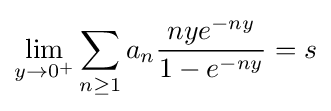
\lim _{y\rightarrow 0^{+}}\sum _{n\geq 1}a_{n}{\frac {nye^{-ny}}{1-e^{-ny}}}=s